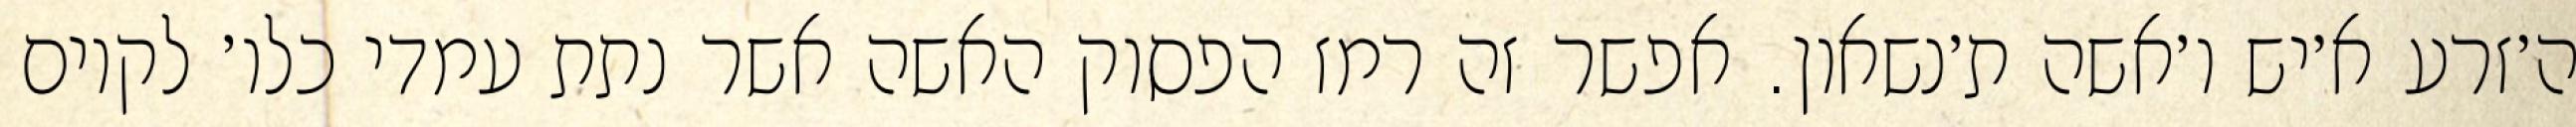
ה׳זרע א׳יש ו׳אשה ת׳נשאון. אפשר זה רמז הפסוק האשה אשר נתת עמדי כלו׳ לקיום